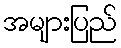
အများပြည်